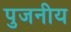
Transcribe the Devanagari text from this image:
पुजनीय